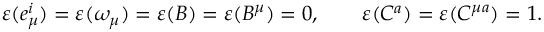
\varepsilon ( e _ { \mu } ^ { i } ) = \varepsilon ( \omega _ { \mu } ) = \varepsilon ( B ) = \varepsilon ( B ^ { \mu } ) = 0 , \qquad \varepsilon ( C ^ { a } ) = \varepsilon ( C ^ { \mu a } ) = 1 .